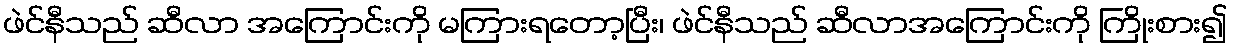
ဖဲင်နီသည် ဆီလာ အကြောင်းကို မကြားရတော့ပြီး၊ ဖဲင်နီသည် ဆီလာအကြောင်းကို ကြိုးစား၍